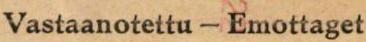
Vastaanotettu - Emottaget